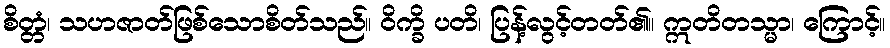
စိတ္တံ၊ သဟဇာတ်ဖြစ်သောစိတ်သည်။ ဝိက္ခိ ပတိ၊ ပြန့်လွင့်တတ်၏။ ဣတိတသ္မာ၊ ကြောင့်။